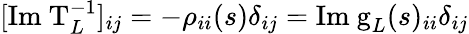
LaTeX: [\mathrm{Im~T}_{L}^{-1}]_{ij}=-\rho_{ii}(s)\delta_{ij}=\mathrm{Im~g}_{L}(s)_{ii}\delta_{ij}